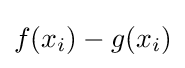
f(x_{i})-g(x_{i})